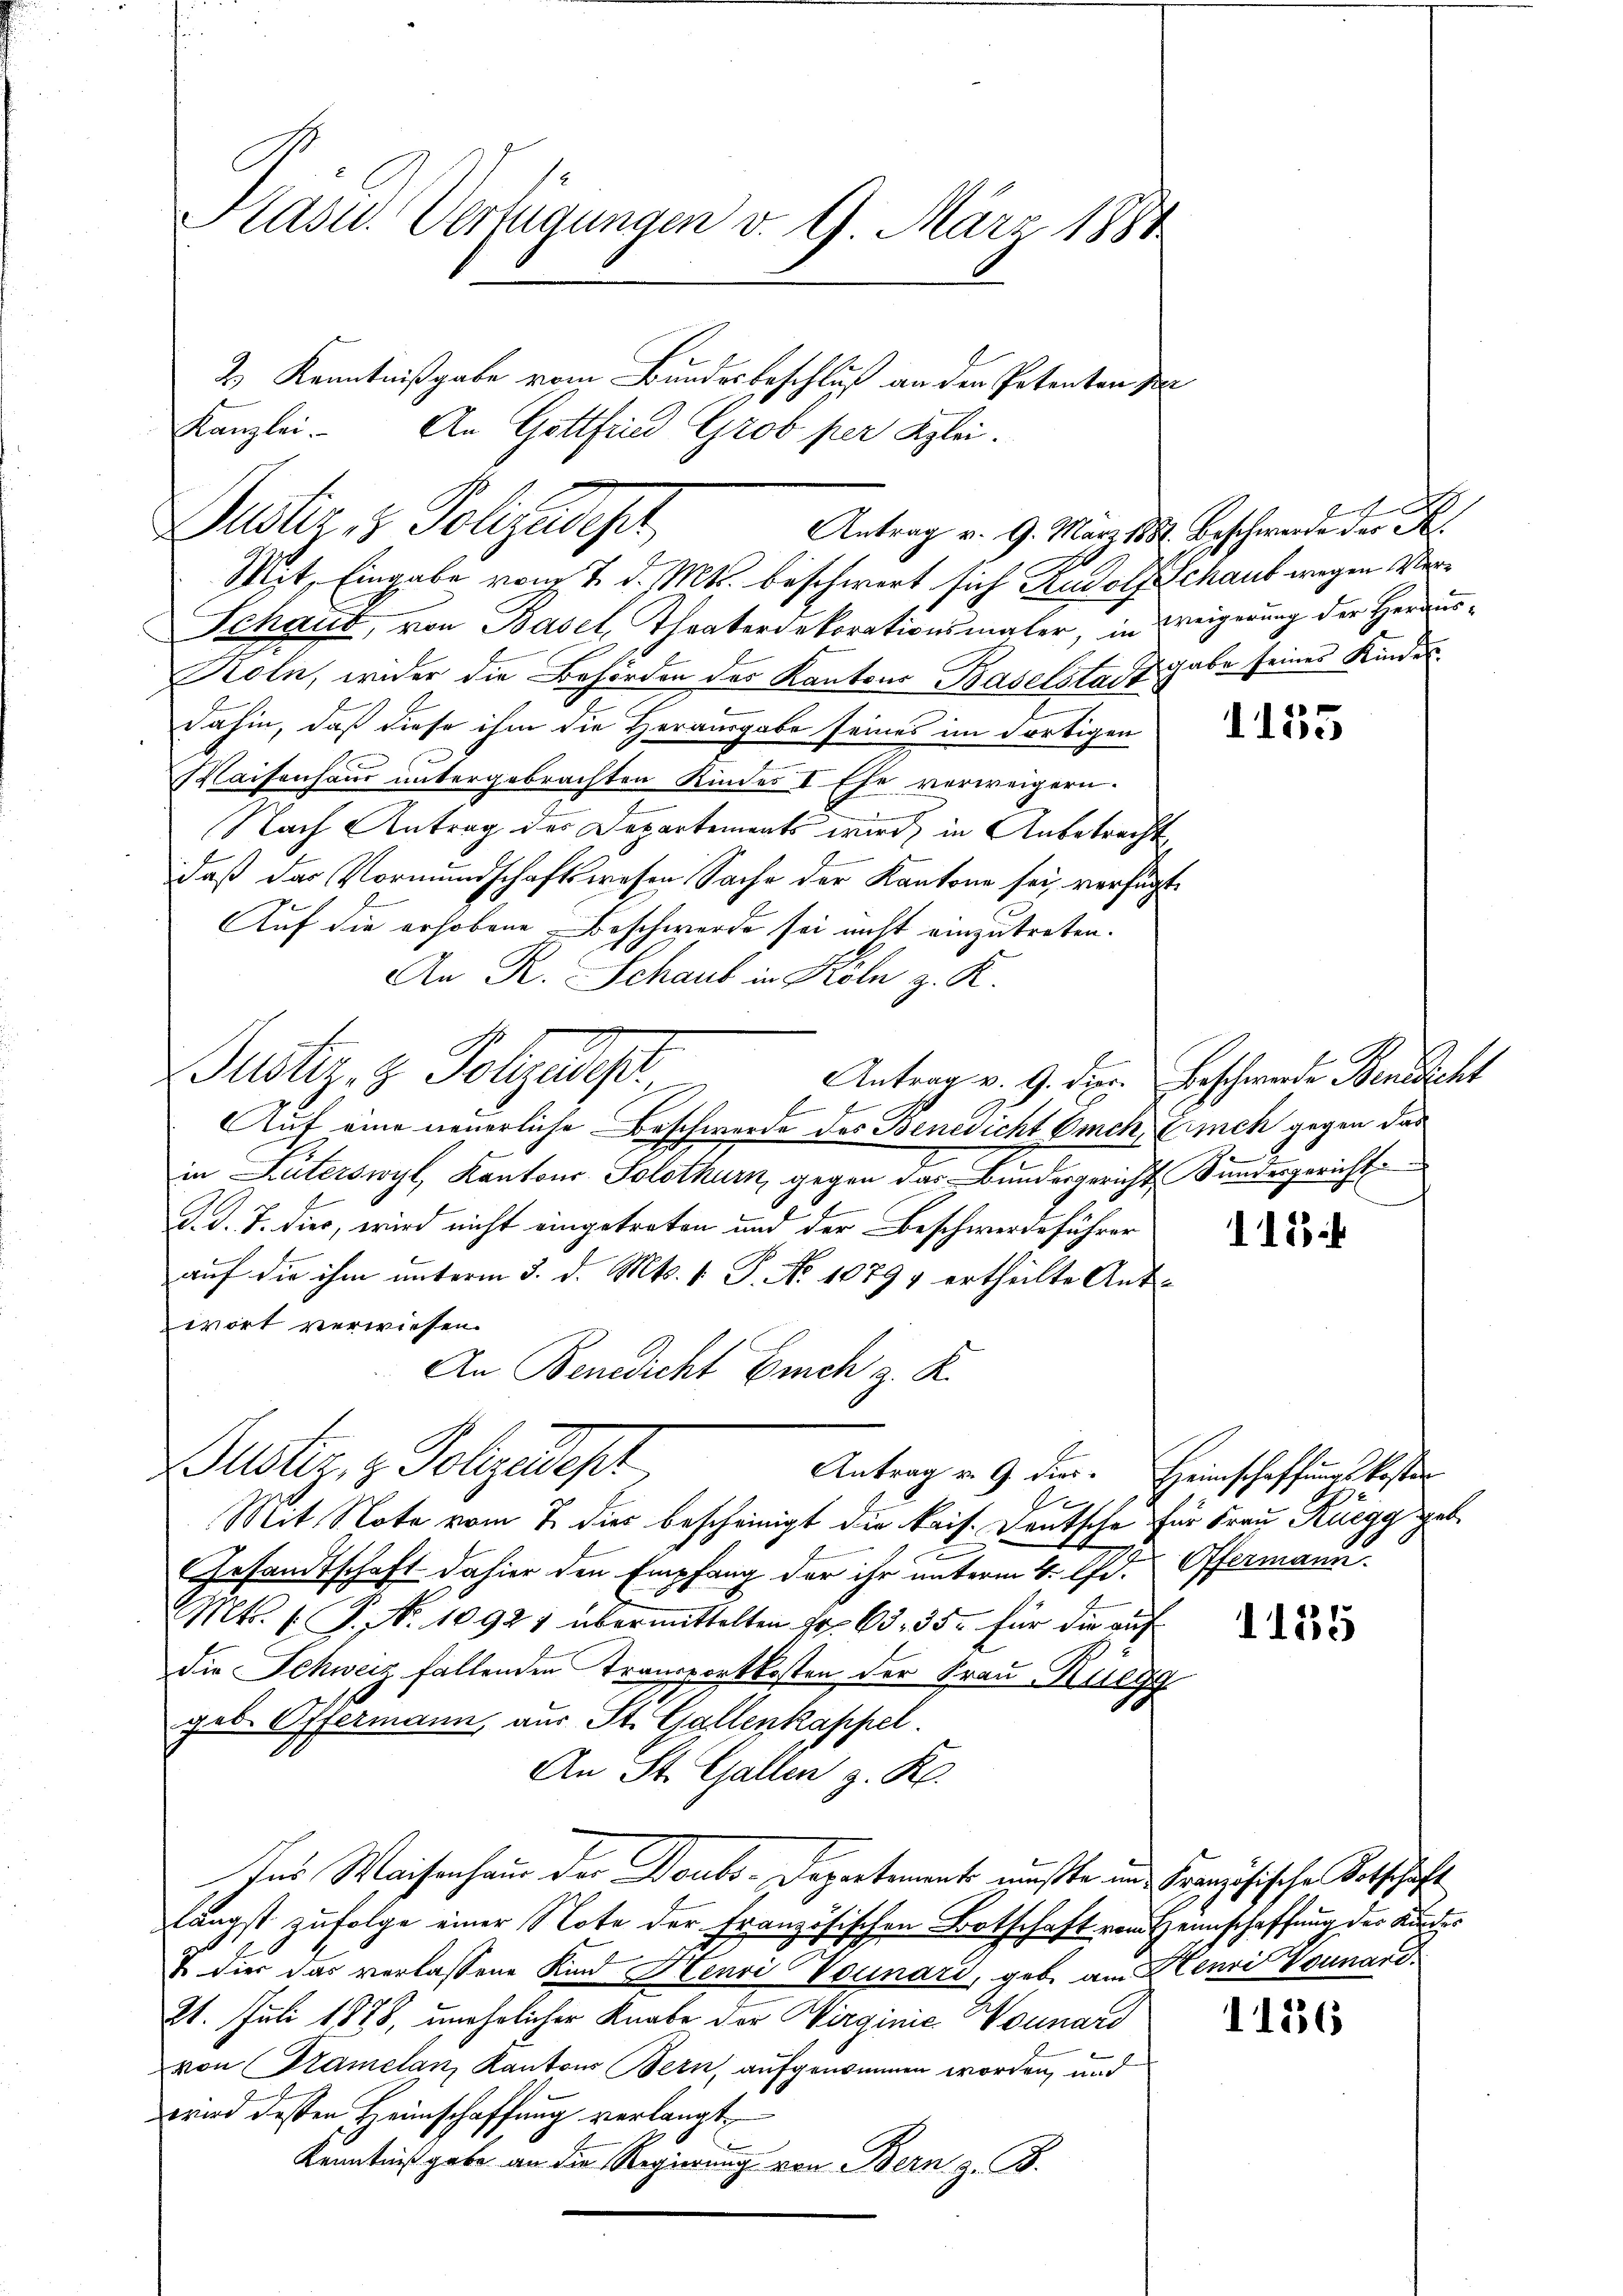
Dustiz & Polizades,
Antrag v. 9. März 1882. Beschwerde der K.
Mit, Eingabe von 7. d. Mts. beschwert sich Rudolf Schaut wegen Ver¬

Kasu. Vertigungen v. 9. März 1884
2) Kenntnißgabe vom Bundesbeschluß an den Petenten Per
Kanzlei. An Gottfried Grob per Klei¬

Schaut, von Basel, Theaterdekorationsmaler, in Weigerung der Heraus¬
Köln, wider die Behörden des Kantons Baselstadtgabe seines Kinder
dahin, daß diese ihm die Herausgabe seines im Fortigen
Maisenhaus untergebrachten Kindes I Ehe verweigern.
Nach Antrag des Departements wird, in Anbetracht
daß des Vormundschaftswesen Sache der Kantone sei, verfügt
Auf die erhobene Beschwerde sei nicht einzutreten.
An R. Schaub in Köln z. R.
Justiz- & Polzungs
Antrag v. 9. dir. Beschwerden Benedicht
f
Auf eine neuerliche Beschwerde des Benedicht Omch, Lunch gegen das
in Luterswyl, Kantons Solothurn, gegen das Bundesgericht Kundesgericht
G. d. J. dies, wird nicht eingetreten und der Beschwerdeführer
auf die ihm unterm 3. d. Mts. 1. P. No 10793 ertheilte Antwort verwiesen.
An Benedicht Euch z. R.

Justiz & Polzedept
Antrag v. 9. dies. Heimschaffungskoster

n
Mit Note vom 7. dies bescheinigt die kais. Deutsche für Frau Rüegg geb
g
2
Gesandtschaft dahier den Empfang der ihr unterm 4. Ad. Offermann
Mts. 1. P. Nr. 10921 übermittelten Fr. 65. 35. für die auf
Die Schweiz fallenden Transportkosten der Frau Rüegg
geb. Offermann, aus St. Gallenkappel.
An St. Gallen z. K.
Ins Waisenhaus der Doubs-Departements müßte und Französische Totschaft
längst zufolge einer Note der Französischen Botschaft vom Heimschaffung der Kinde¬
T. dies das verlassene Kind Henri Vornard, geb. am Henri Vounard.
21. Juli 1878, unehelicher Knabe der Wirginie Wonnard
von Kramelan, Kantons Bern, aufgenommen worden, und
wird dessen Heimschaffung verlangt
Kenntnißgabe an die Regierung von Bern z. B.

h

1155

118

155

1156